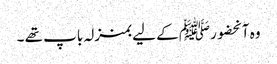
وہ آنحضورﷺ کے لیے بمنزلہ باپ تھے ۔